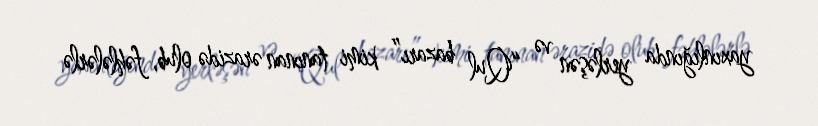
yaxınlığında yerləşən və “Qul bazarı” kimi tanınan ərazidə olub, fəhlələrlə